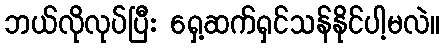
ဘယ်လိုလုပ်ပြီး ရှေ့ဆက်ရှင်သန်နိုင်ပါ့မလဲ။